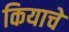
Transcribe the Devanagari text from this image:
कियाचे